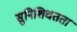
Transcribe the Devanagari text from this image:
सुनिशिचतता